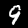
Digit: 9